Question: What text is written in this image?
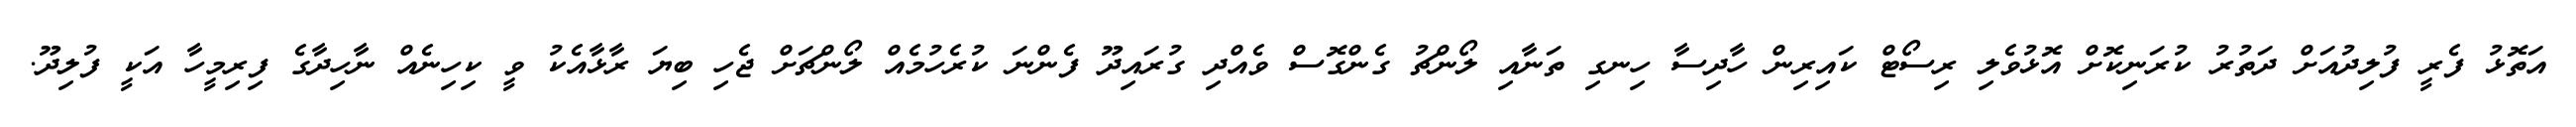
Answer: އަތޮޅު ފެރީ ފުލިދުއަށް ދަތުރު ކުރަނިކޮށް އޮޅުވެލި ރިސޯޓް ކައިރިން ހާދިސާ ހިނގި ތަނާއި ލޯންޗު ގެންގޮސް ވެއްދި ގުރައިދޫ ފެންނަ ކުރެހުމެއް ލޯންޗަށް ޖެހި ބިޔަ ރާޅާއެކު ވީ ކިހިނެއް ނާހިދާގެ ފިރިމީހާ އަކީ ފުލިދޫ.